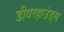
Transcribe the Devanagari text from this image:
डीयरहाउंड्स